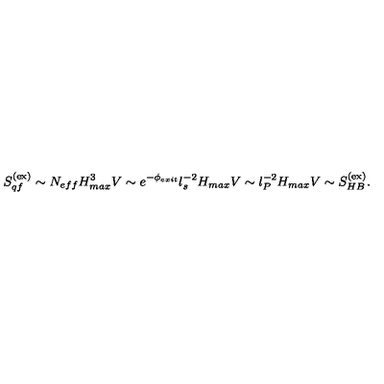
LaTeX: S _ { q f } ^ { ( \mathrm { e x } ) } \sim N _ { e f f } H _ { m a x } ^ { 3 } V \sim e ^ { - \phi _ { e x i t } } l _ { s } ^ { - 2 } H _ { m a x } V \sim l _ { P } ^ { - 2 } H _ { m a x } V \sim S _ { H B } ^ { ( \mathrm { e x } ) } .